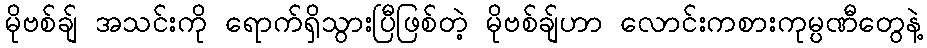
မိုဗစ်ချ် အသင်းကို ရောက်ရှိသွားပြီဖြစ်တဲ့ မိုဗစ်ချ်ဟာ လောင်းကစားကုမ္ပဏီတွေနဲ့